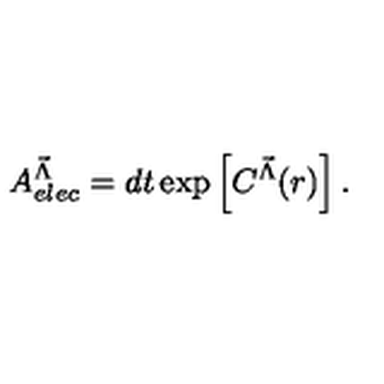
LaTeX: A _ { e l e c } ^ { { \vec { \Lambda } } } = d t \exp \left[ C ^ { { \vec { \Lambda } } } ( r ) \right] .